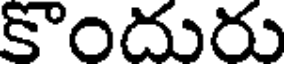
కొందురు